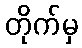
တိုက်မှ